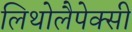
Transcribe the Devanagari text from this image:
लिथोलैपेक्सी